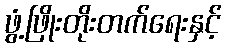
ဖွံ့ဖြိုးတိုးတက်ရေးနှင့်